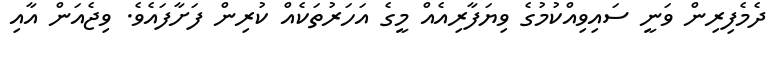
ދެމެފިރިން ވަނީ ސައިވިއްކުމުގެ ވިޔަފާރިއެއް މީގެ އަހަރުތަކެއް ކުރިން ފަށާފައެވެ. ވިޖެއަން އާއި